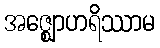
အဇ္ဈောဟရိဿာမ